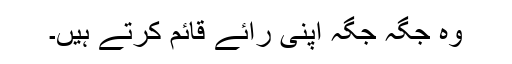
وہ جگہ جگہ اپنی رائے قائم کرتے ہیں۔